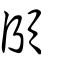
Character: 頧